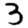
Digit: 3